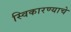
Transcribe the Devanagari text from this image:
स्विकारण्याचे